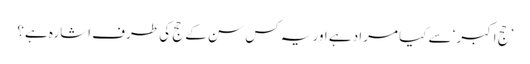
’حج اکبر‘ سے کیا مراد ہے اور یہ کس سن کے حج کی طرف اشارہ ہے؟